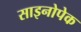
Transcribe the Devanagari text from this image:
साइनोपेक